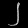
Digit: ၂